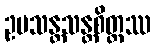
ဥပသန္တသန္တစိတ္တဿ